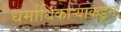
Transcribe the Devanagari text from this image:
धर्माधिकार्‍याकडून